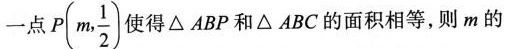
一点P(m, \frac{1} {2})使得△ABP和△ABC的面积相等，则m的